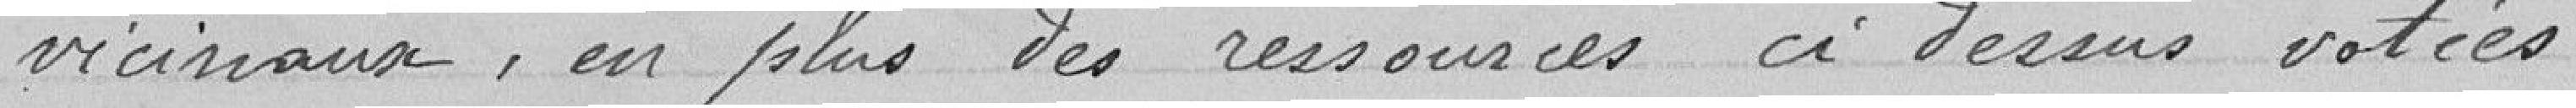
vicinaux, en plus des ressources ci dessus votées :